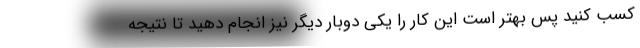
کسب کنید پس بهتر است این کار را یکی دوبار دیگر نیز انجام دهید تا نتیجه